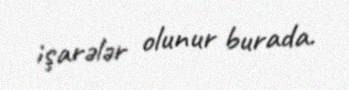
işarələr olunur burada.